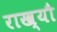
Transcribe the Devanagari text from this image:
राख्यौ